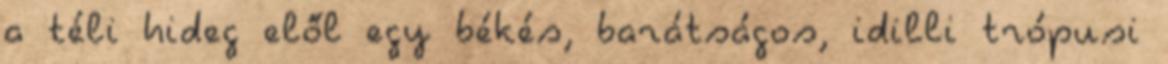
a téli hideg elől egy békés, barátságos, idilli trópusi